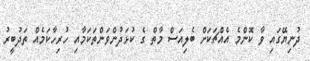
ދުނިޔޭގައި ވާ ކޮންމެ އެއްޗަކަށް ބެލިއަސް މާތް ގެ ކުޅަދުންވަންތަކަމާއި ހުރިހާކަމެއް ތަދުބީރު